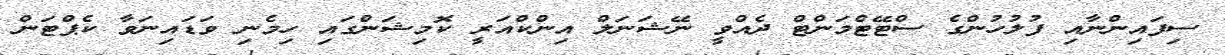
ސިފައިންނާއި ފުލުހުންގެ ސްޓޭޓްމަންޓް ދެއްވީ ނޭޝަނަލް އިންކްއަރީ ކޮމިޝަންގައި ހިމެނި ވަޑައިނަވާ ކެޕްޓަން